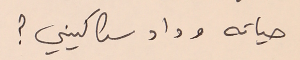
حياته وداد سكاكيني؟